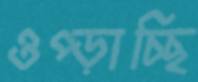
ওপ্‌ড়াচ্ছি